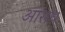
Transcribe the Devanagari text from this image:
ओसध